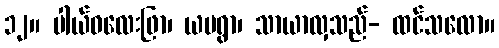
၁၂။ ပါယ်ဝလေးဖြာ၊ ယမရွာ၊ သာယာလှသည်- ထင်သလော။